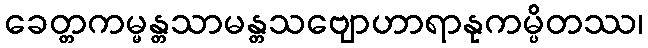
ခေတ္တကမ္မန္တသာမန္တသဗျောဟာရာနုကမ္ပိတဿ၊